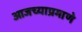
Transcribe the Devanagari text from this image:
आजच्याप्रमाणे